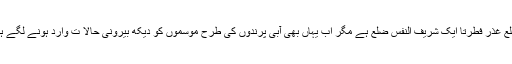
ضلع غذر فطرتاَ ایک شریف النفس ضلع ہے مگر اب یہاں بھی آبی پرندوں کی طرح موسموں کو دیکھ بیرونی حالا ت وارد ہونے لگے ہیں۔